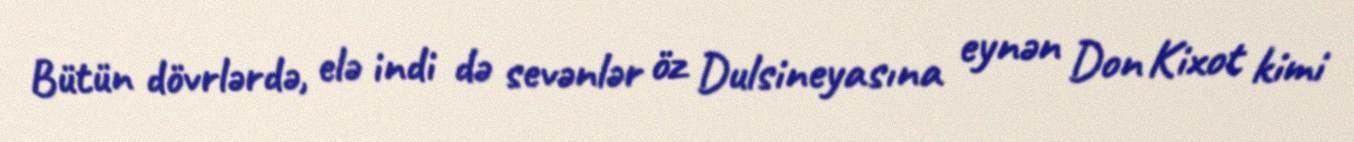
Bütün dövrlərdə, elə indi də sevənlər öz Dulsineyasına eynən Don Kixot kimi